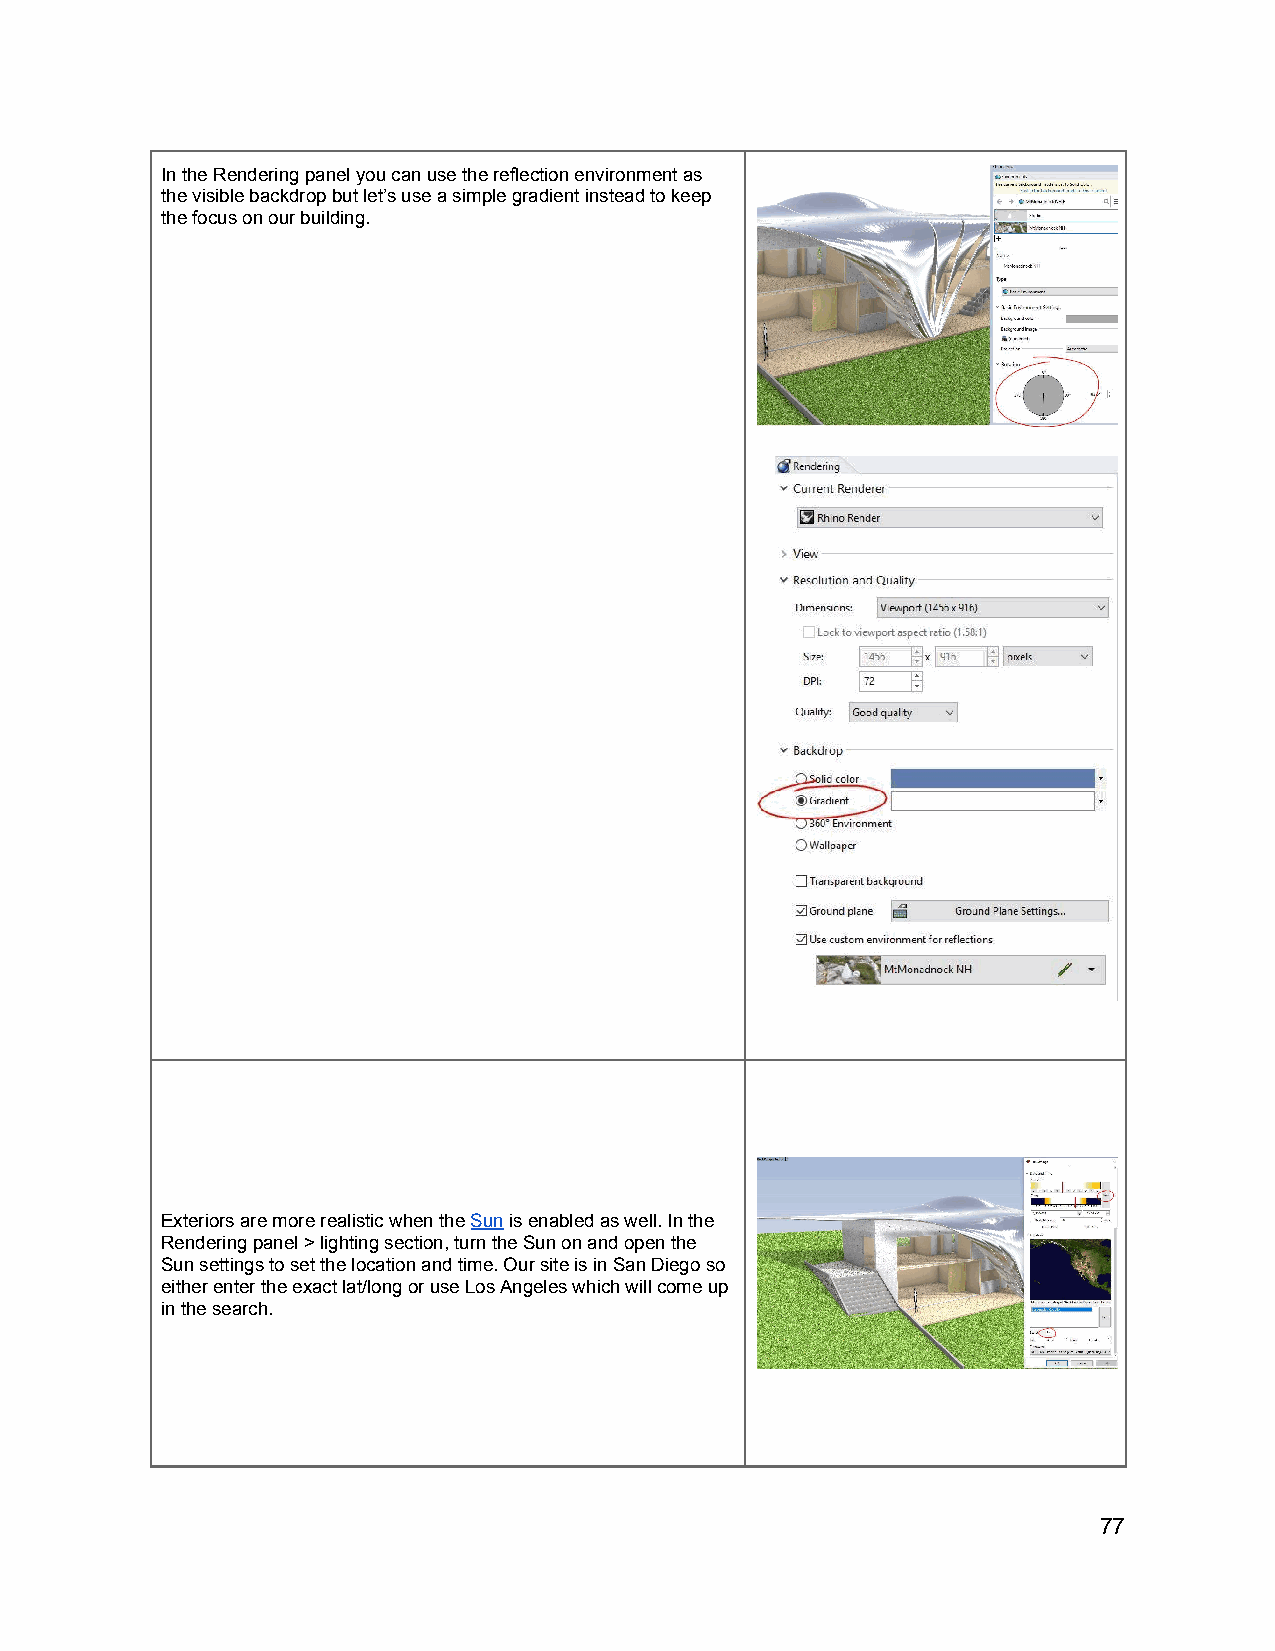
In the Rendering panel you can use the reflection environment as
 the visible backdrop but let’s use a simple gradient instead to keep
 the focus on our building.
 Exteriors are more realistic when theSunis enabledas well. In the
 Rendering panel > lighting section, turn the Sun on and open the
 Sun settings to set the location and time. Our site is in San Diego so
 either enter the exact lat/long or use Los Angeles which will come up
 in the search.
 77